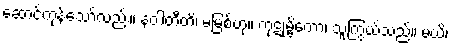
ဆောင်ကုန်သော်လည်း။ နဝါတီတိ၊ မမြစ်ဟု။ ကုဋုမ္ဗိကော၊ သူကြွယ်သည်။ မယိ၊